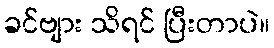
ခင်ဗျား သိရင် ပြီးတာပဲ။